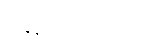
စန္ဒနသာရလိတ္တံ